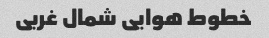
خطوط هوایی شمال غربی